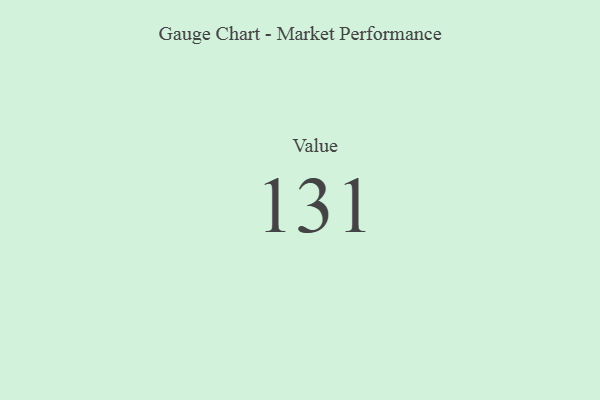
{"axis": {"x": "Metric", "y": "Value"}, "legend": [""], "data": [{"x": "Value", "y": 131, "type": ""}]}